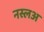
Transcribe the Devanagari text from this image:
नस्लअ